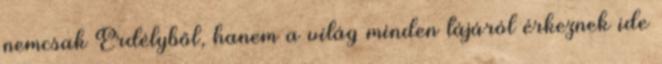
nemcsak Erdélyből, hanem a világ minden tájáról érkeznek ide